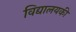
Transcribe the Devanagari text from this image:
विद्यालयकी